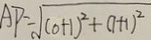
A P = \sqrt { ( 0 + 1 ) ^ { 2 } + ( 1 + 1 ) ^ { 2 } }